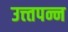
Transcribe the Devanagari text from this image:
उत्त्तपन्न